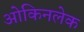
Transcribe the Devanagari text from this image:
ओकिनलेक